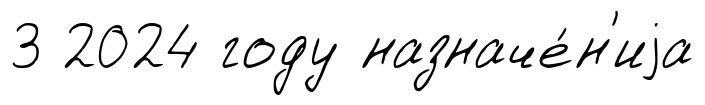
3 2024 году назначе́н'иjа